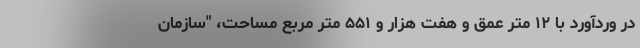
در وردآورد با ۱۲ متر عمق و هفت هزار و ۵۵۱ متر مربع مساحت، "سازمان